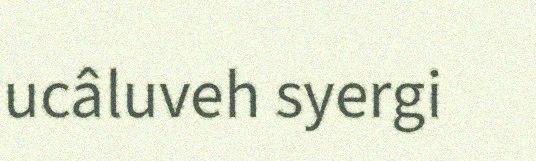
ucâluveh syergi